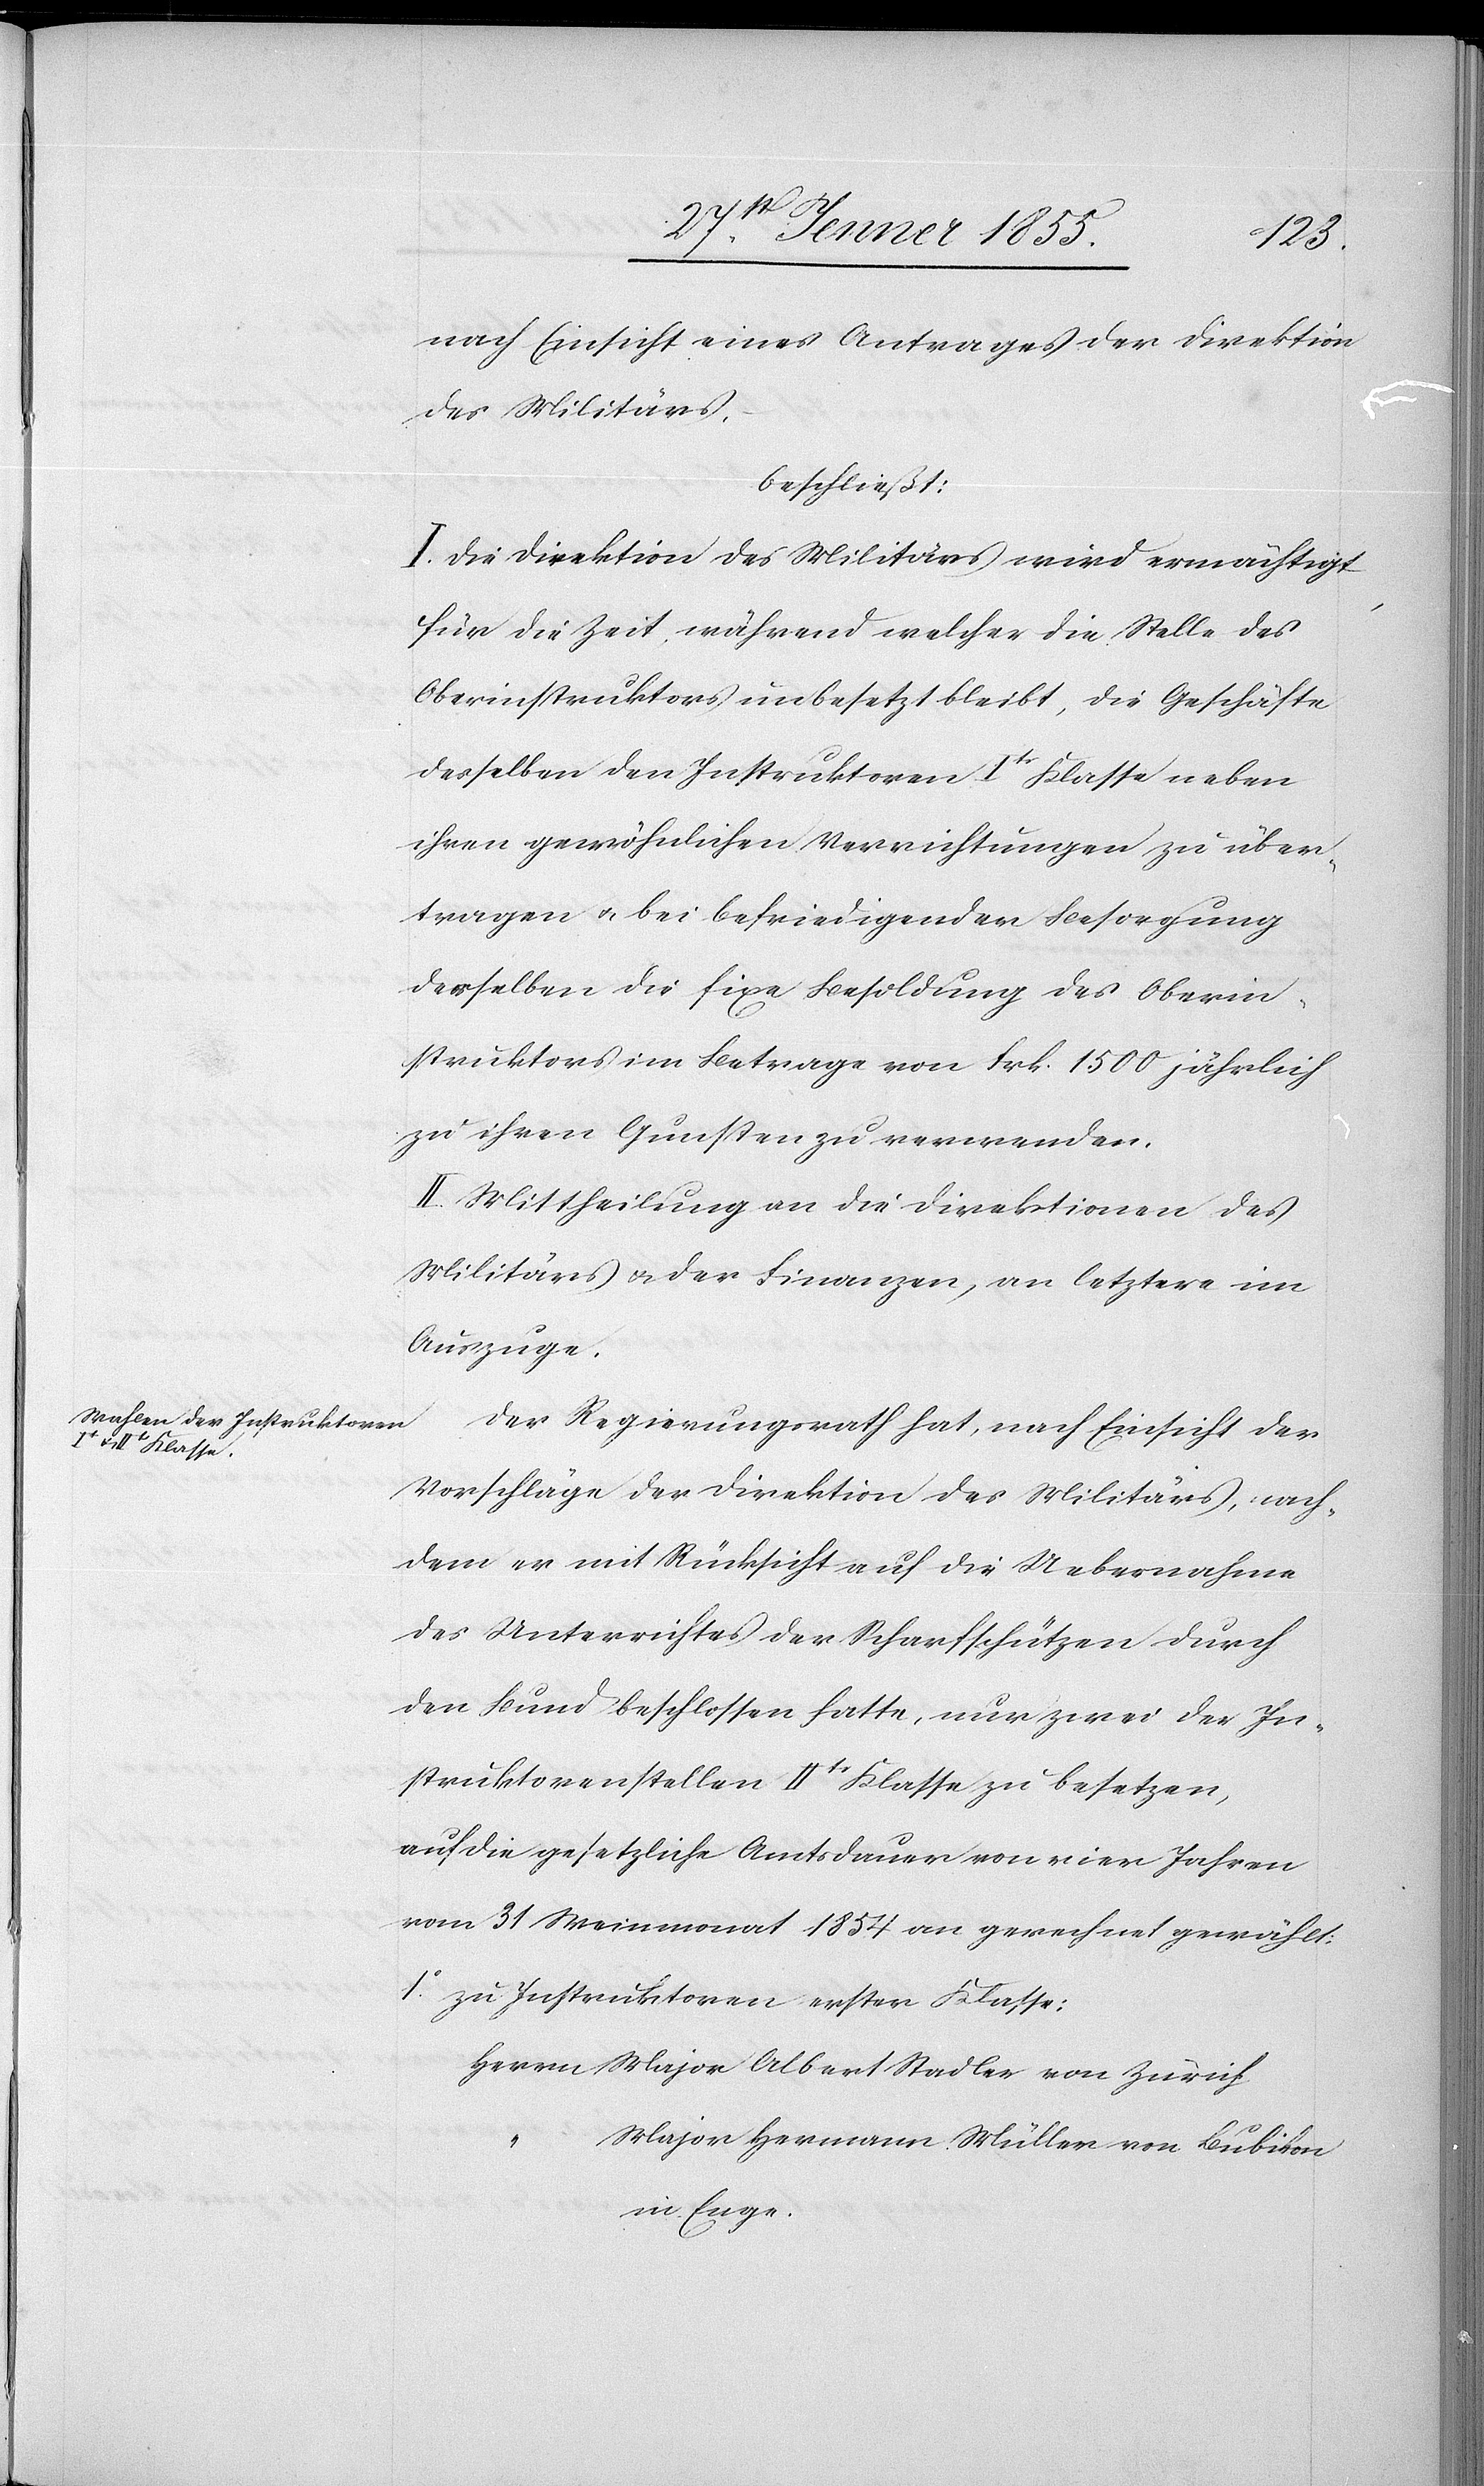
1o.
nach Einsicht eines Antrages der Direktion
des Militärs,
beschließt:
I. Die Direktion des Militärs wird ermächtigt
für die Zeit während welcher die Stelle des
Oberinstruktors unbesetzt bleibt, die Geschäfte
desselben den Instruktoren Itr Klasse neben
ihren gewöhnlichen Verrichtungen zu über¬
tragen & bei befriedigender Besorgung
derselben die fixe Besoldung des Oberin¬
struktors im Betrage von Frk. 1500 jährlich
zu ihren Gunsten zu verwenden.
II. Mittheilung an die Direktionen des
Militärs & der Finanzen, an letztere im
Auszuge.
Der Regierungsrath hat, nach Einsicht der
Vorschläge der Direktion des Militärs, nach¬
dem er mit Rücksicht auf die Uebernahme
des Unterrichtes der Scharfschützen durch
den Bund beschlossen hatte, nur zwei der In¬
struktorenstellen IItr Klasse zu besetzen,
auf die gesetzliche Amtsdauer von vier Jahren
vom 31 Weinmonat 1854 an gerechnet gewählt:
zu Instruktoren erster Klasse:
Herrn Major Albert Stadler von Zürich.
Major Hermann Müller von Bubikon
in Enge.